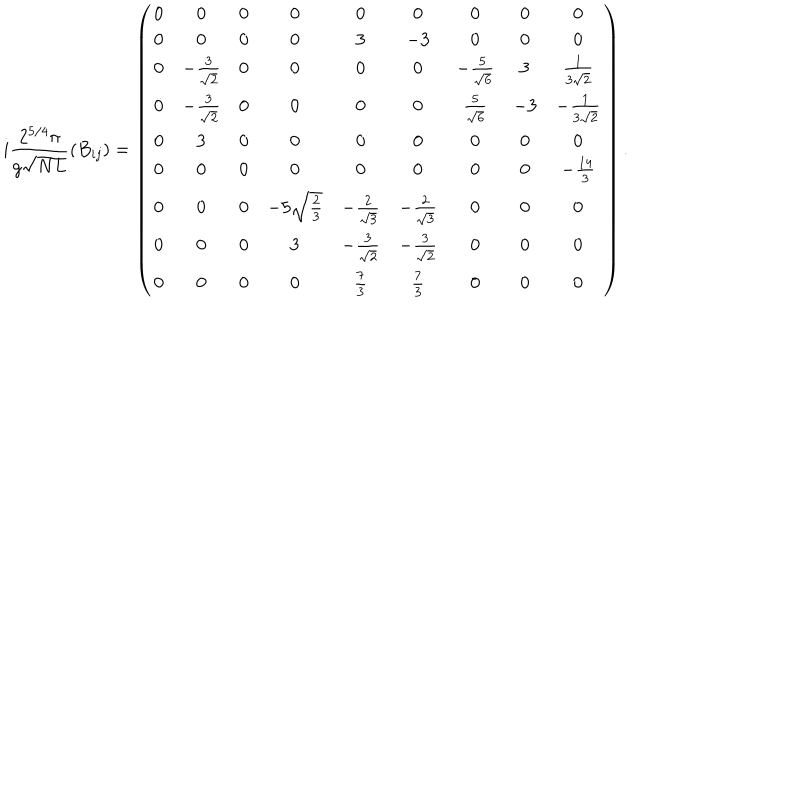
i \frac { 2 ^ { 5 / 4 } \pi } { g \sqrt { N L } } \left( B _ { i j } \right) = \left( \begin{array} { c c c c c c c c c } { { 0 } } & { { 0 } } & { { 0 } } & { { 0 } } & { { 0 } } & { { 0 } } & { { 0 } } & { { 0 } } & { { 0 } } \\ { { 0 } } & { { 0 } } & { { 0 } } & { { 0 } } & { { 3 } } & { { - 3 } } & { { 0 } } & { { 0 } } & { { 0 } } \\ { { 0 } } & { { - { \frac { 3 } { \sqrt { 2 } } } } } & { { 0 } } & { { 0 } } & { { 0 } } & { { 0 } } & { { - { \frac { 5 } { \sqrt { 6 } } } } } & { { 3 } } & { { { \frac { 1 } { 3 \sqrt { 2 } } } } } \\ { { 0 } } & { { - { \frac { 3 } { \sqrt { 2 } } } } } & { { 0 } } & { { 0 } } & { { 0 } } & { { 0 } } & { { { \frac { 5 } { \sqrt { 6 } } } } } & { { - 3 } } & { { - { \frac { 1 } { 3 \sqrt { 2 } } } } } \\ { { 0 } } & { { 3 } } & { { 0 } } & { { 0 } } & { { 0 } } & { { 0 } } & { { 0 } } & { { 0 } } & { { 0 } } \\ { { 0 } } & { { 0 } } & { { 0 } } & { { 0 } } & { { 0 } } & { { 0 } } & { { 0 } } & { { 0 } } & { { - { \frac { 1 4 } { 3 } } } } \\ { { 0 } } & { { 0 } } & { { 0 } } & { { - 5 \sqrt { \frac { 2 } { 3 } } } } & { { - { \frac { 2 } { \sqrt { 3 } } } } } & { { - { \frac { 2 } { \sqrt { 3 } } } } } & { { 0 } } & { { 0 } } & { { 0 } } \\ { { 0 } } & { { 0 } } & { { 0 } } & { { 3 } } & { { - { \frac { 3 } { \sqrt { 2 } } } } } & { { - { \frac { 3 } { \sqrt { 2 } } } } } & { { 0 } } & { { 0 } } & { { 0 } } \\ { { 0 } } & { { 0 } } & { { 0 } } & { { 0 } } & { { { \frac { 7 } { 3 } } } } & { { { \frac { 7 } { 3 } } } } & { { 0 } } & { { 0 } } & { { 0 } } \\ \end{array} \right) .